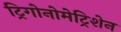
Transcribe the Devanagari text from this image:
ट्रिगोनोमेट्रिशेन